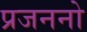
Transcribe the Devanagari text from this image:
प्रजननो